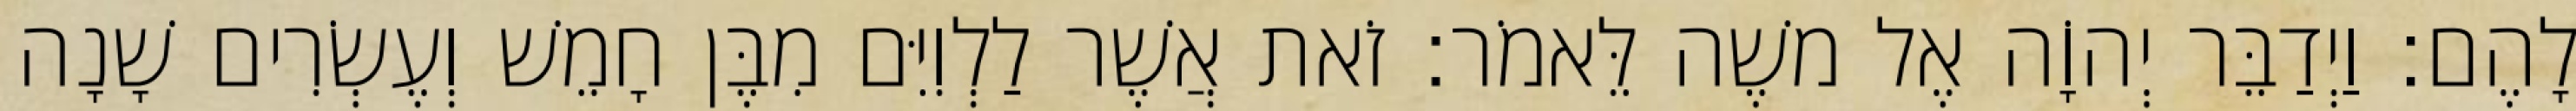
לָהֶם׃ וַיְדַבֵּר יְהוָֹה אֶל משֶׁה לֵּאמֹר׃ זֹאת אֲשֶׁר לַלְוִיִּם מִבֶּן חָמֵשׁ וְעֶשְׂרִים שָׁנָה